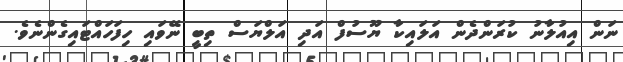
ނަން އިއުލާނު ކުރަންދެން އަލައިކާ ޔޫސުފް އަދި އަލްޔަސް ތިބީ ނޭވައި ހިފަހައްޓައިގެންނެވެ.